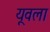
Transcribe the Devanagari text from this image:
यूवला